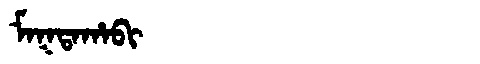
Manchu: ᠮᠠᡴᡨᠠᡥᠠᠪᡳ
Romanization: MAKTAHABI